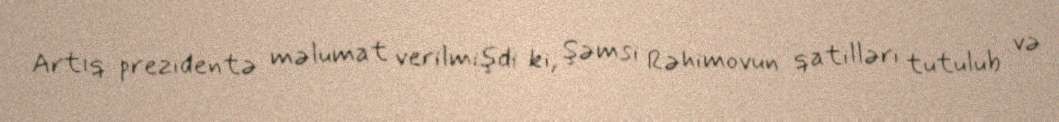
Artıq prezidentə məlumat verilmişdi ki, Şəmsi Rəhimovun qatilləri tutulub və